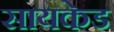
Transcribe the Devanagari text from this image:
सायकेड